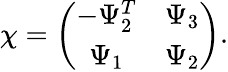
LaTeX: \chi=\left(\begin{array}{cc}{{-\Psi_{2}^{T}}}&{{\Psi_{3}}}\\ {{\Psi_{1}}}&{{\Psi_{2}}}\end{array}\right).